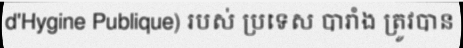
d'Hygine Publique) របស់ ប្រទេស បារាំង ត្រូវបាន